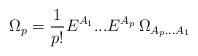
LaTeX: \begin{align*}\Omega_p = \frac{1}{p!} E^{A_1}...E^{A_p}\, \Omega_{{A_p}...{A_1}}\end{align*}